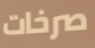
صرخات